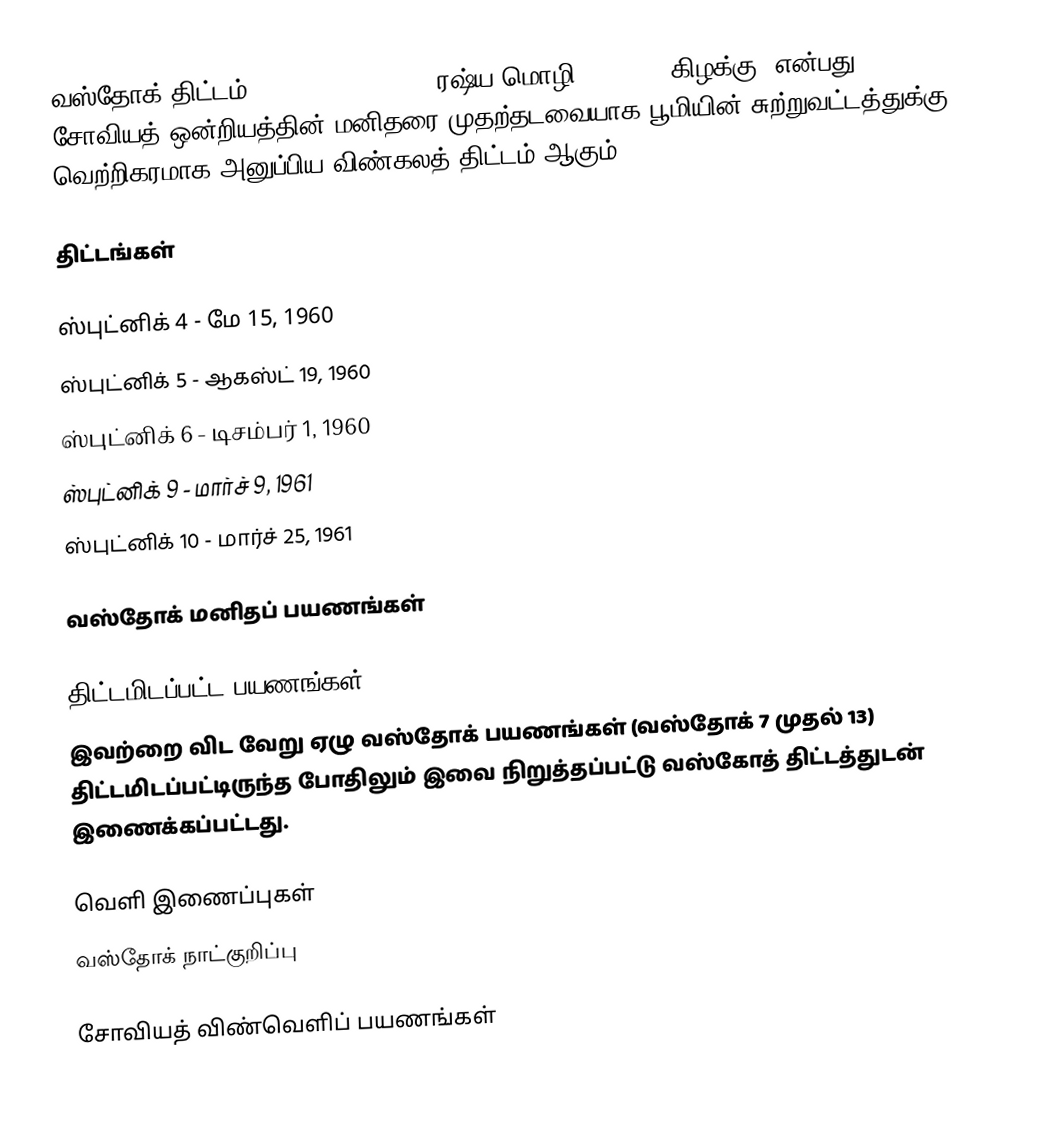
வஸ்தோக் திட்டம் (Vostok programme, ரஷ்ய மொழி: Восток, கிழக்கு) என்பது சோவியத் ஒன்றியத்தின் மனிதரை முதற்தடவையாக பூமியின் சுற்றுவட்டத்துக்கு வெற்றிகரமாக அனுப்பிய விண்கலத் திட்டம் ஆகும்.

திட்டங்கள்

ஸ்புட்னிக் 4 - மே 15, 1960
ஸ்புட்னிக் 5 - ஆகஸ்ட் 19, 1960
ஸ்புட்னிக் 6 - டிசம்பர் 1, 1960
ஸ்புட்னிக் 9 - மார்ச் 9, 1961
ஸ்புட்னிக் 10 - மார்ச் 25, 1961

வஸ்தோக் மனிதப் பயணங்கள்

திட்டமிடப்பட்ட பயணங்கள்
இவற்றை விட வேறு ஏழு வஸ்தோக் பயணங்கள் (வஸ்தோக் 7 முதல் 13) திட்டமிடப்பட்டிருந்த போதிலும் இவை நிறுத்தப்பட்டு வஸ்கோத் திட்டத்துடன் இணைக்கப்பட்டது.

வெளி இணைப்புகள்
வஸ்தோக் நாட்குறிப்பு

சோவியத் விண்வெளிப் பயணங்கள்